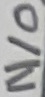
Text: N/O